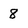
Character: 8